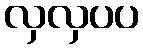
လှလှပပ